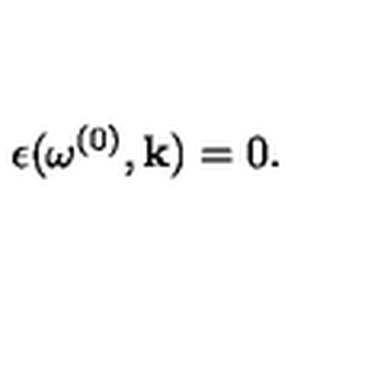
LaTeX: \epsilon ( \omega ^ { ( 0 ) } , { \bf k } ) = 0 .